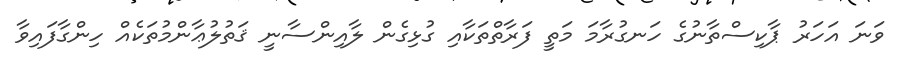
ވަނަ އަހަރު ޕާކިސްތާނުގެ ހަނގުރާމަ މަތީ ފަރާތްތަކާއި ގުޅިގެން ލާއިންސާނީ ޤަތުލުޢާންމުތަކެއް ހިންގާފައިވާ